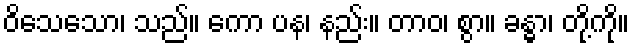
ဝိသေသော၊ သည်။ ကော ပန၊ နည်း။ တာဝ၊ စွာ။ ခန္ဓာ၊ တို့ကို။